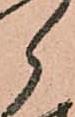
郎